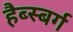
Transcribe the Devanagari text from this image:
हैब्स्बर्ग